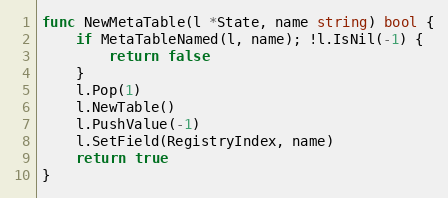
Language: Go
func NewMetaTable(l *State, name string) bool {
	if MetaTableNamed(l, name); !l.IsNil(-1) {
		return false
	}
	l.Pop(1)
	l.NewTable()
	l.PushValue(-1)
	l.SetField(RegistryIndex, name)
	return true
}